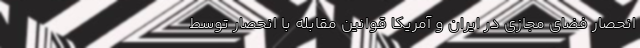
انحصار فضای مجازی در ایران و آمریکا قوانین مقابله با انحصار توسط